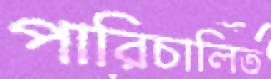
পারিচালিত